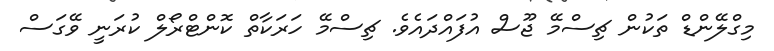
މިގްލޭންޑް ތަކުން ޗިސްމޭ ޖޫސް އުފައްދައެވެ. ޗިސްމޭ ހަރަކާތް ކޮންޓްރޯލް ކުރަނީ ވޭގަސް